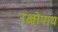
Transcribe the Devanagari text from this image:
रक्षोपाय